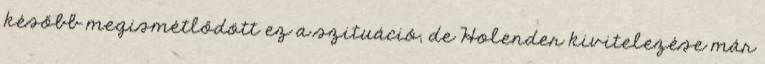
később megismétlődött ez a szituáció, de Holender kivitelezése már